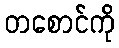
တစောင်ကို